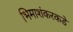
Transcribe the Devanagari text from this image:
भिमाशंकरकडे